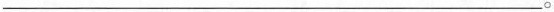
___。